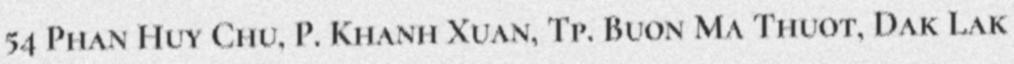
54 Phan Huy Chu, P. Khanh Xuan, Tp. Buon Ma Thuot, Dak Lak